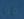
قبل